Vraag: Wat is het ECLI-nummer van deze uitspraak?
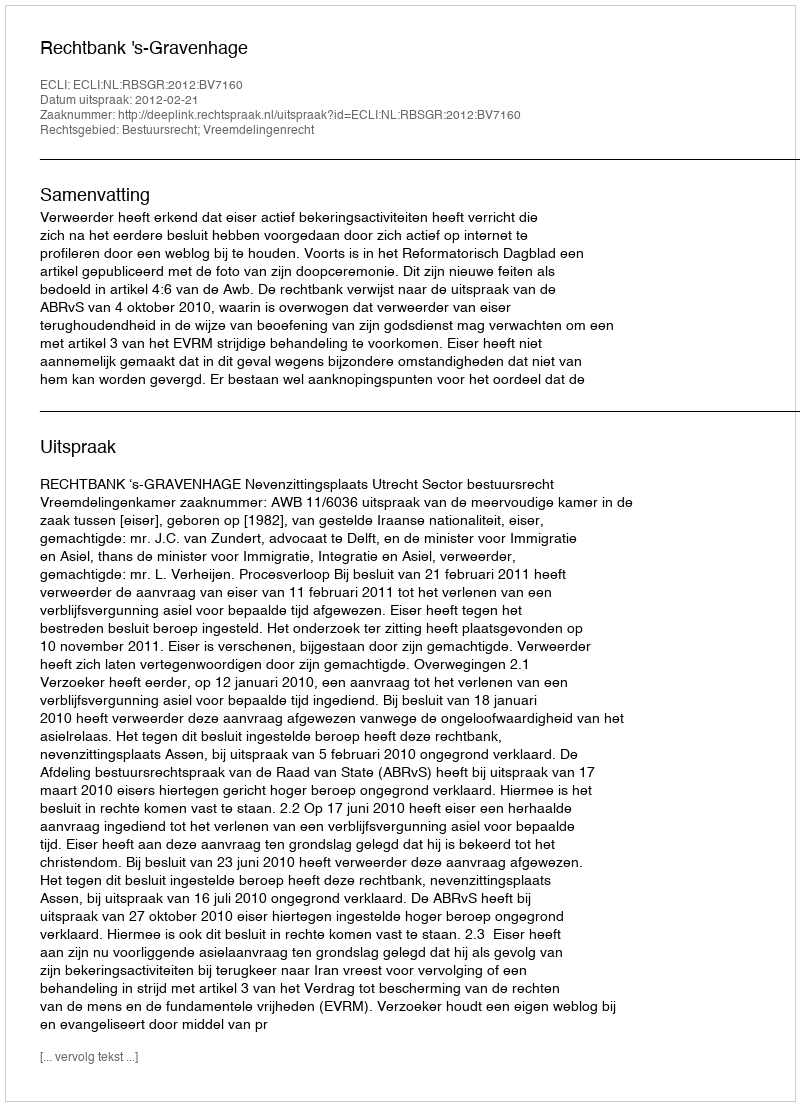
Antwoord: ECLI:NL:RBSGR:2012:BV7160